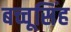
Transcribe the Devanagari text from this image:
बच्चूसिंह